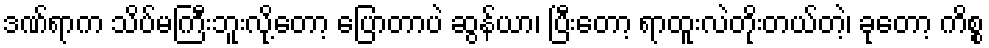
ဒဏ်ရာက သိပ်မကြီးဘူးလို့တော့ ပြောတာပဲ ဆွန်ယာ၊ ပြီးတော့ ရာထူးလဲတိုးတယ်တဲ့၊ ခုတော့ ကိစ္စ